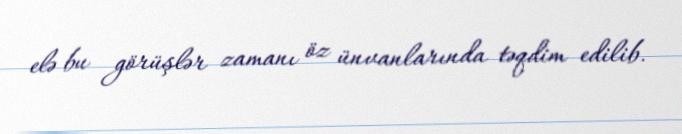
elə bu görüşlər zamanı öz ünvanlarında təqdim edilib.